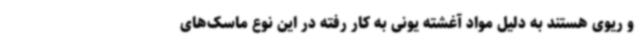
و ریوی هستند به دلیل مواد آغشته یونی به کار رفته در این نوع ماسک‌های